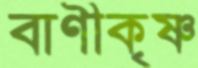
বাণীকৃষ্ণ